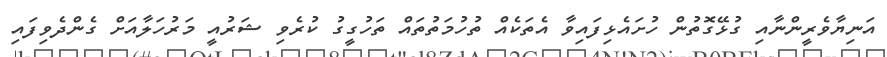
އަނިޔާވެރީންނާއި ގުޅޭގޮތުން ހުށައެޅިފައިވާ އެތަކެއް ތުހުމަތުތައް ތަހުގީގު ކުރެވި ޝަރުއީ މަރުހަލާއަށް ގެންދެވިފައި